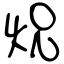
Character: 炾